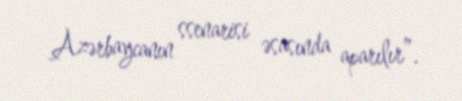
Azərbaycanın ssenarisi əsasında aparılır”.